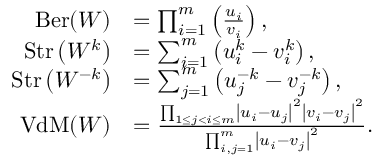
\begin{array} { r l } { { \mathrm { B e r } } ( W ) } & { = \prod _ { i = 1 } ^ { m } \left( \frac { u _ { i } } { v _ { i } } \right) , } \\ { { \mathrm { S t r } } \left( W ^ { k } \right) } & { = \sum _ { i = 1 } ^ { m } \left( u _ { i } ^ { k } - v _ { i } ^ { k } \right) , } \\ { { \mathrm { S t r } } \left( W ^ { - k } \right) } & { = \sum _ { j = 1 } ^ { m } \left( u _ { j } ^ { - k } - v _ { j } ^ { - k } \right) , } \\ { { \mathrm { V d M } } ( W ) } & { = \frac { \prod _ { 1 \leq j < i \leq m } \left| u _ { i } - u _ { j } \right| ^ { 2 } \left| v _ { i } - v _ { j } \right| ^ { 2 } } { \prod _ { i , j = 1 } ^ { m } \left| u _ { i } - v _ { j } \right| ^ { 2 } } . } \end{array}